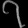
Digit: ၇